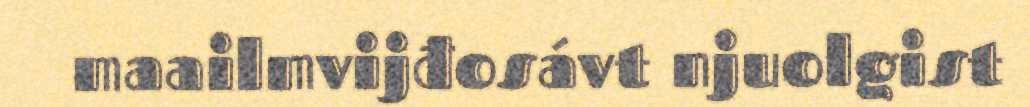
maailmvijđosávt njuolgist